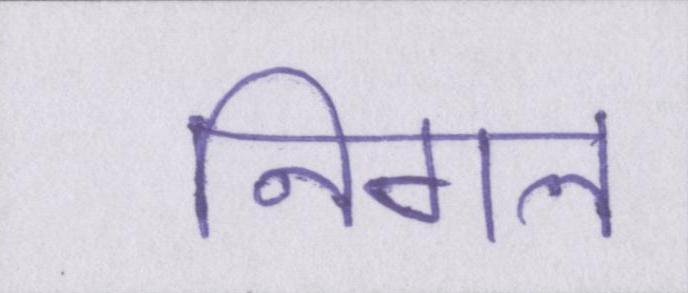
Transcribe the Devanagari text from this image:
निगल